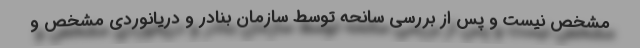
مشخص نیست و پس از بررسی سانحه توسط سازمان بنادر و دریانوردی مشخص و